Annual report of the Bengal Veterinary College and of the Civil Veterinary Department, Bengal, for the year 1918-19 - 1918-1919
Year: 1918
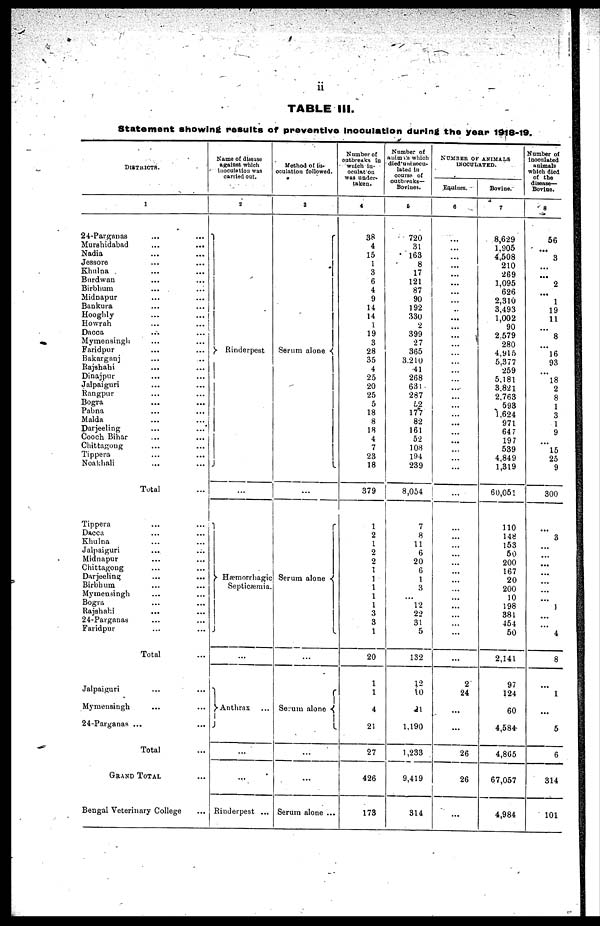
ii
TABLE III.
Statement showing results of preventive inoculation during the year 1918-19.
DISTRICTS.
1
24-Parganas ... ...
Murshidabad ... ...
Nadia ... ...
Jessore ... ...
Khulna ... ...
Burdwan ... ...
Birbhuni ... ...
Midnapur ... ...
Bankura ... ...
Hooghly
...
...
Howrah
...
...
Dacca
Mymensingh
...
...
Faridpur ... ...
Bakarganj ... ..
Rajshahi ... ...
Dinajpur ... ...
Jalpaiguri ... ...
Rangpur ... ...
Bogra ... ...
Pabna
...
...
Malda
...
...
Darjeeling
...
...
Cooch Bihar ... ...
Chittagong ... ...
Tippera ... ...
Noakhali ... ...
Total ...
Tippera ... ...
Dacca ... ...
Khulna ... ...
Jalpaiguri
...
...
Midnapur ... ...
Chittagoug ... ...
Darjeeling ... ...
Birbhum ... ...
Mymensingh ... ...
Bogra ... ...
Rajshahi ... ...
24-Parganas ... ...
Faridpur ... ...
Total ...
Jalpaiguri ... ...
Mymensingh ... ...
24-Parganas ... ...
Total
GRAND TOTAL ...
Bengal Veterinary College ...
Name of disease
against which
inoculation was
carried out.
2
Rinderpest
...
Hæmorrhagic
Septicæmia.
...
Anthrax
...
...
Rinderpest ...
Method of in-
oculation followed.
3
Serum alone
...
Serum alone
...
Serum alone
...
...
Serum alone ...
Number of
outbreaks in
which in-
oculat on
was under-
taken.
4
38
4
15
1
3
6
4
9
14
14
1
19
3
28
35
4
25
20
25
5
18
8
18
4
7
23
18
379
1
2
1
2
2
1
1
1
1
1
3
3
1
20
1
1
4
21
27
426
173
Number of
animals which
died uninocu-
lated in
course of
outbreaks—
Bovines.
5
720
31
163
8
17
121
87
90
192
330
2
399
27
365
3,240
41
268
631
287
52
177
82
161
52
108
194
239
8,054
7
8
11
6
20
6
1
3
...
12
22
31
5
132
12
10
21
1,190
1,233
9,419
314
NUMBER OF ANIMALS
INOCULATED.
Equines.
6
...
...
...
...
...
...
..
...
...
...
...
...
...
...
...
...
...
...
...
...
...
...
...
...
...
...
...
...
...
...
...
...
...
...
...
...
...
...
2
24
...
...
26
26
...
Bovine.
7
8,629
1,905
4,508
210
269
1,095
626
2,310
3,493
1,002
90
2.579
280
4,915
5,377
259
5.181
3,821
2.763
593
1,624
971
64 7
197
539
4,849
1,319
60,051
110
148
153
50
200
167
20
200
10
198
381
454
50
2,141
97
124
60
4,584
4,865
67,057
4,984
Number of
inoculated
animals
which died
of the
disease—
Bovine.
8
56
...
3
...
...
2
...
1
19
11
...
8
...
16
93
...
18
2
8
1
3
1
9
...
15
25
9
300
...
3
...
...
...
...
...
...
...
1
...
...
4
8
...
1
...
5
6
314
101